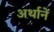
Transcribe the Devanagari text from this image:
अर्थानें